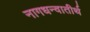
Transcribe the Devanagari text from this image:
नागधन्वातीर्थ